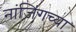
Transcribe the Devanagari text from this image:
नांजिंगच्या